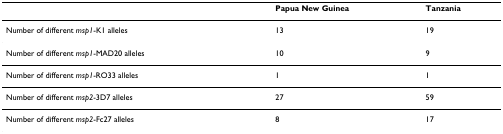
|  | Papua New Guinea | Tanzania |
 | --- | --- | --- |
 | Number of different msp1-K1 alleles | 13 | 19 |
 | Number of different msp1-MAD20 alleles | 10 | 9 |
 | Number of different msp1-RO33 alleles | 1 | 1 |
 | Number of different msp2-3D7 alleles | 27 | 59 |
 | Number of different msp2-Fc27 alleles | 8 | 17 |